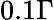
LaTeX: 0.1\Gamma